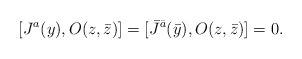
\begin{align*}[J^a(y),O(z,\bar z)]=[\bar J^{\bar a}(\bar y),O(z,\bar z)]=0.\end{align*}